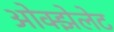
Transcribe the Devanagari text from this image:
ओक्झेलेट